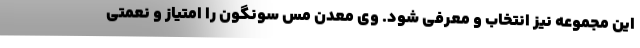
این مجموعه نیز انتخاب و معرفی شود. وی معدن مس سونگون را امتیاز و نعمتی